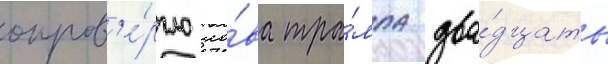
опров'е́ргло сло́ва тра́мпа два́дцать